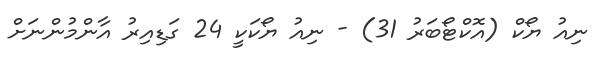
ނިއު ޔޯކް (އޮކްޓޯބަރު 31) - ނިއު ޔޯކަކީ 24 ގަޑިއިރު އާންމުންނަށް